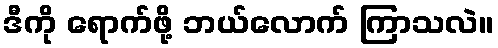
ဒီကို ရောက်ဖို့ ဘယ်လောက် ကြာသလဲ။